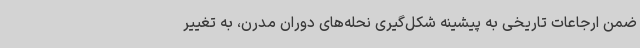
ضمن ارجاعات تاریخی به پیشینه شکل‌گیری نحله‌های دوران مدرن، به تغییر